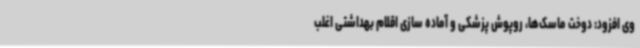
وی افزود: دوخت ماسک‌ها، روپوش پزشکی و آماده سازی اقلام بهداشتی اغلب